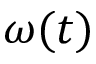
\omega ( t )